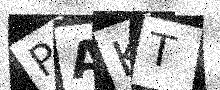
Text: PAKT